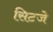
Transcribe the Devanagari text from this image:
सिटजे